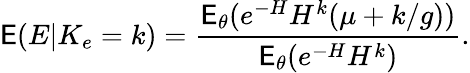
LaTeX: \mathsf E(E|K_{e}=k)=\frac{\mathsf E_{\theta}(e^{-H}H^{k}(\mu+k/g))}{\mathsf E_{\theta}(e^{-H}H^{k})}.